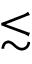
\lesssim